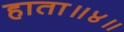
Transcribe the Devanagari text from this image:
हाता॥४॥